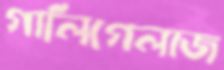
গালিগেলাজ